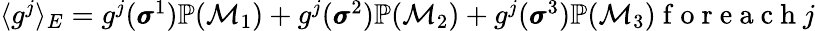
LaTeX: \begin{array}{r}{\langle g^{j}\rangle_{E}=g^{j}(\pmb{\sigma}^{1})\mathbb{P}(\mathcal{M}_{1})+g^{j}(\pmb{\sigma}^{2})\mathbb{P}(\mathcal{M}_{2})+g^{j}(\pmb{\sigma}^{3})\mathbb{P}(\mathcal{M}_{3})\mathrm{~f~o~r~e~a~c~h~}j}\end{array}